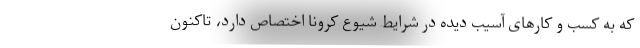
که به کسب و کارهای آسیب دیده در شرایط شیوع کرونا اختصاص دارد، تاکنون